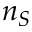
n _ { S }